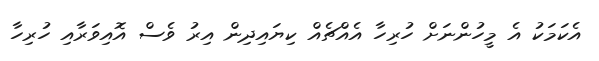
އެކަމަކު އެ މީހުންނަށް ހުރިހާ އެއްޗެއް ކިޔައިދިން އިރު ވެސް އޮއިވަރާއި ހުރިހާ